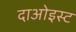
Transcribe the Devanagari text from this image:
दाओइस्ट